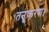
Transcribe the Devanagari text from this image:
तनूकरण।